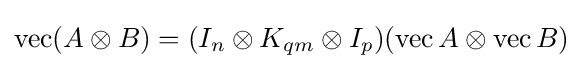
\operatorname {vec} (A\otimes B)=(I_{n}\otimes K_{qm}\otimes I_{p})(\operatorname {vec} A\otimes \operatorname {vec} B)